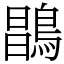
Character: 𪂇